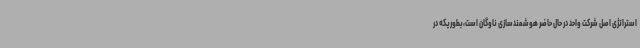
استراتژی اصل شرکت واحد در حال حاضر هوشمندسازی ناوگان است،بطوریکه در